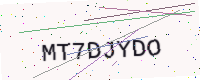
Text: MT7DJYDO